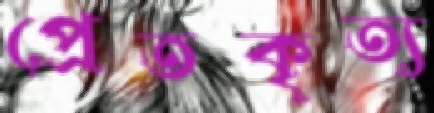
প্রেতকৃত্য